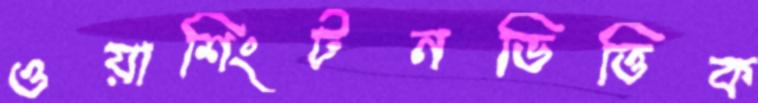
ওয়াশিংটনভিত্তিক